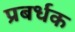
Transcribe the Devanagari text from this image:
प्रबर्धक